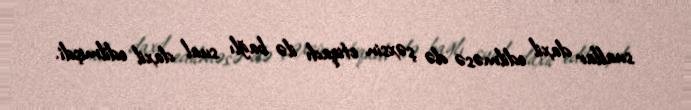
suallar daxil edilməsə də şəxsin etiqadı ilə bağlı sual daxil edilmişdi.